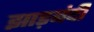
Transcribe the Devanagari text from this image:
झाड़बंदी